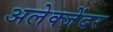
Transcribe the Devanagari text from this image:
अलेक्जेंदर